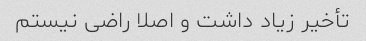
تأخیر زیاد داشت و اصلا راضی نیستم